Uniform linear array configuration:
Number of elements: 24
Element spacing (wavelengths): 0.5
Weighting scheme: hamming
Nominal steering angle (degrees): -60
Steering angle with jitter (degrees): -60.3
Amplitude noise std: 0.05
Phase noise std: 0.05

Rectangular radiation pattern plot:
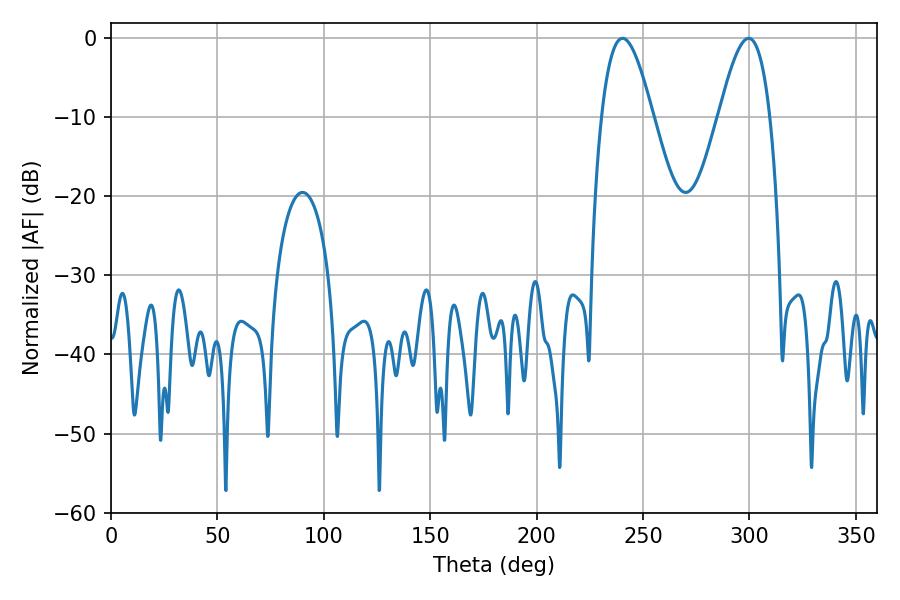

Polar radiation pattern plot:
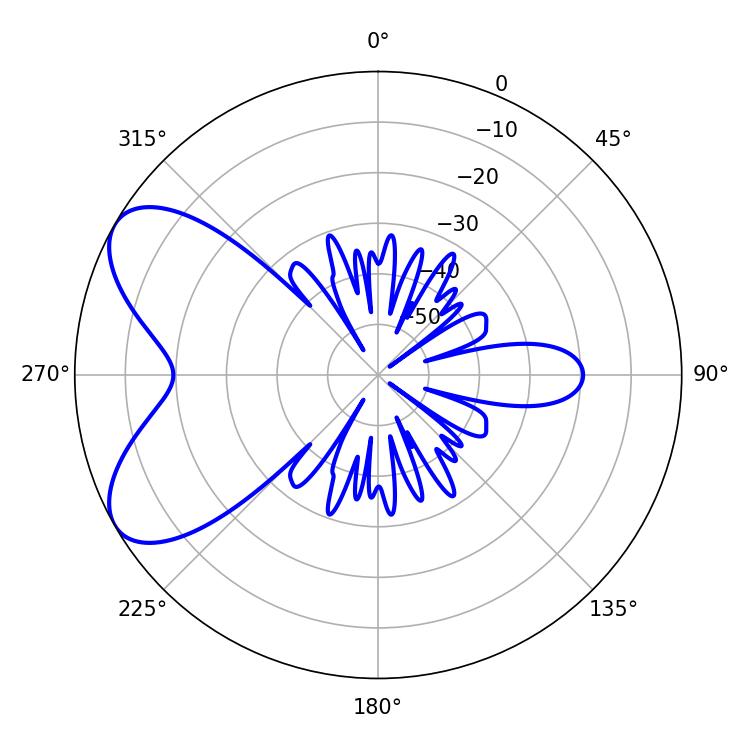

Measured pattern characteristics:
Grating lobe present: FALSE
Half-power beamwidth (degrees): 12.96
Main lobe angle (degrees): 240.3